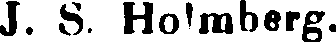
J. S. Holmberg.